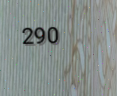
290